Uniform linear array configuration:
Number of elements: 48
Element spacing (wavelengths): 0.75
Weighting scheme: uniform
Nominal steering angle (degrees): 15
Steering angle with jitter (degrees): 14.028
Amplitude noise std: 0.05
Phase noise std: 0.05

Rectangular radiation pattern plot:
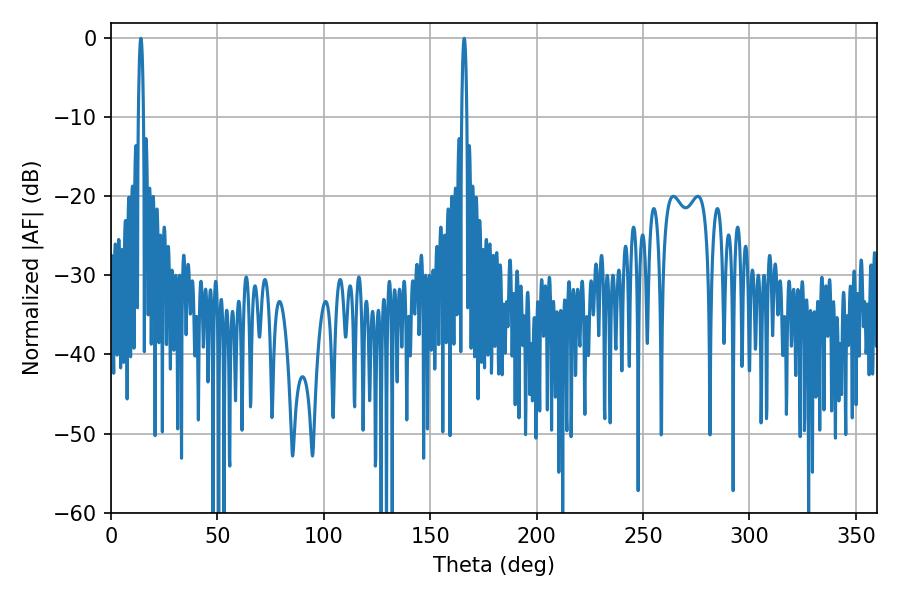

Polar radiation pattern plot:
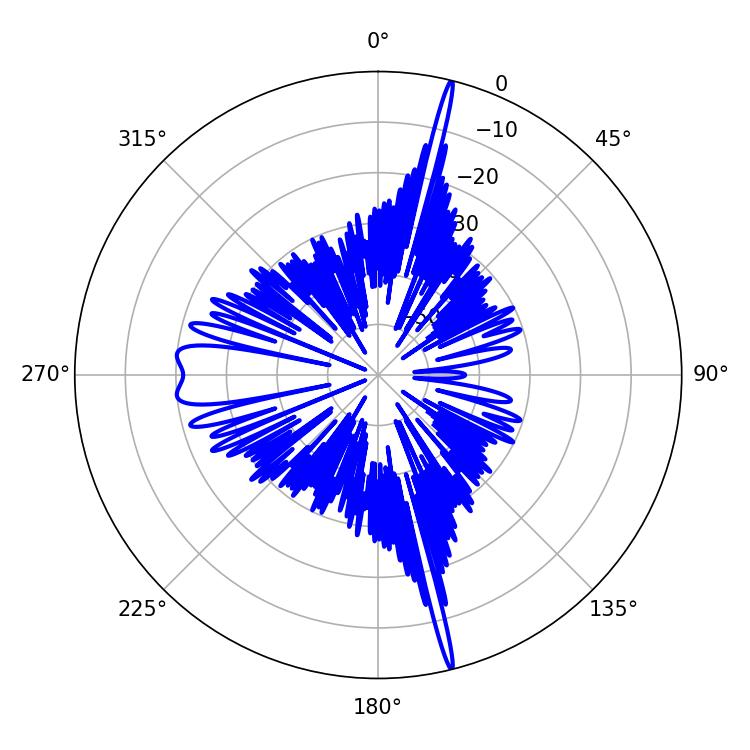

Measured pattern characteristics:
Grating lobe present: TRUE
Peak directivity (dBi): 23.129
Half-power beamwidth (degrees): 1.26
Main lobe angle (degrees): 165.96